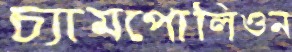
চ্যামপোলিওন